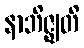
နာဘိဇ္ဈတိ